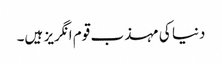
دنیا کی مہذب قوم انگریز ہیں۔